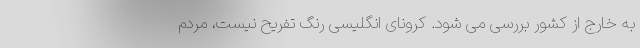
به خارج از کشور بررسی می شود. کرونای انگلیسی رنگ تفریح نیست، مردم